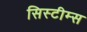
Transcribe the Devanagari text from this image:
सिस्टीम्स